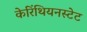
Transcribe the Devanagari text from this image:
केरिंथियनस्टेट